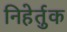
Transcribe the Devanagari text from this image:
निहेर्तुक